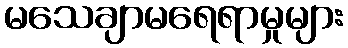
မသေချာမရေရာမှုများ